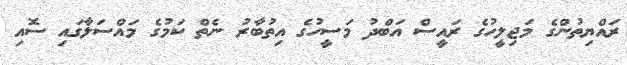
ރައްޔިތުންގެ މަޖިލީހުގެ ރައީސް އަބްދު މަސީހުގެ އިތުބާރު ނެތް ކަމުގެ މައްސަލާގައި ސޮއި